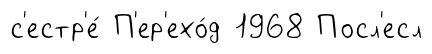
с'естр'е́ П'ер'ехо́д 1968 Посл'есл